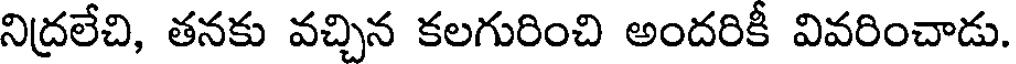
నిద్రలేచి, తనకు వచ్చిన కలగురించి అందరికీ వివరించాడు.